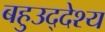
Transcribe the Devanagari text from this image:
बहुउद्देश्य